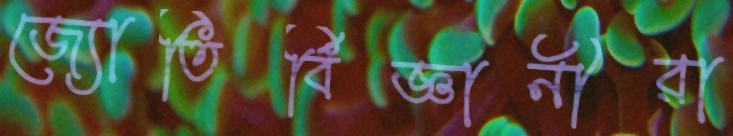
জ্যোতির্বিজ্ঞানীরা